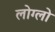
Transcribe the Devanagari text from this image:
लोग्लो